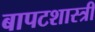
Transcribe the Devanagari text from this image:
बापटशास्त्री